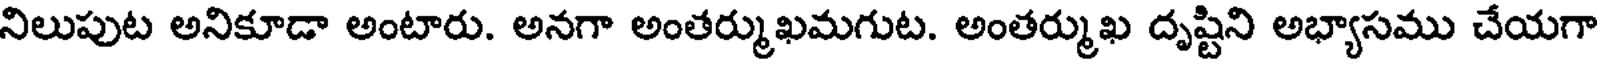
నిలుపుట అనికూడా అంటారు. అనగా అంతర్ముఖమగుట. అంతర్ముఖ దృష్టిని అభ్యాసము చేయగా